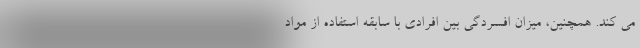
می کند. همچنین، میزان افسردگی بین افرادی با سابقه استفاده از مواد